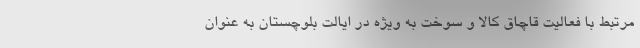
مرتبط با فعالیت قاچاق کالا و سوخت به ویژه در ایالت بلوچستان به عنوان